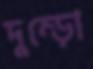
দুম্‌ড়ো